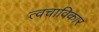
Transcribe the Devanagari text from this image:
त्वचाविकार